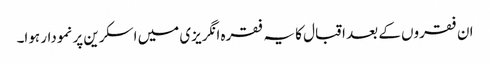
ان فقروں کے بعد اقبال کا یہ فقرہ انگریزی میں اسکرین پر نمودار ہوا۔